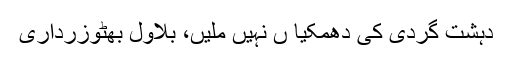
دہشت گردی کی دھمکیا ں نہیں ملیں، بلاول بھٹوزرداری